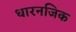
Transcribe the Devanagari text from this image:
धारनजिक